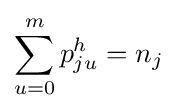
\sum _{u=0}^{m}p_{ju}^{h}=n_{j}